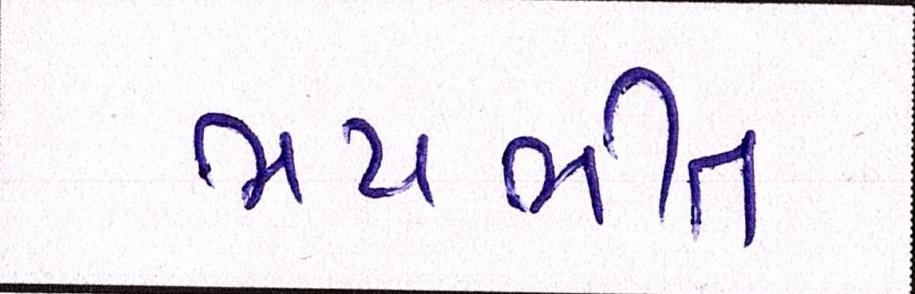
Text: ભયભીત